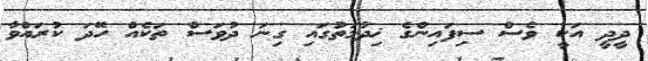
ދީދީ އަކީ ވެސް ސިފައިންގެ ޚިދުމަތުގައި ގިނަ ދުވަސް ތަކެއް ހޭދަ ކުރައްވާ